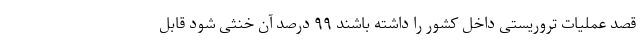
قصد عملیات تروریستی داخل کشور را داشته باشند ۹۹ درصد آن خنثی شود قابل